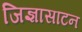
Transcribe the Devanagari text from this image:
जिज्ञासाटन